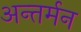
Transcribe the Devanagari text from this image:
अन्‍तर्मन